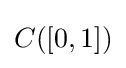
C([0,1])